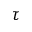
\tau